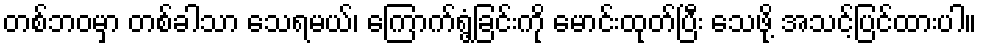
တစ်ဘဝမှာ တစ်ခါသာ သေရမယ်၊ ကြောက်ရွံ့ခြင်းကို မောင်းထုတ်ပြီး သေဖို့ အသင့်ပြင်ထားပါ။